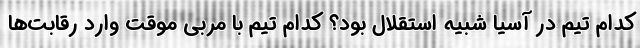
کدام تیم در آسیا شبیه استقلال بود؟ کدام تیم با مربی موقت وارد رقابت‌ها